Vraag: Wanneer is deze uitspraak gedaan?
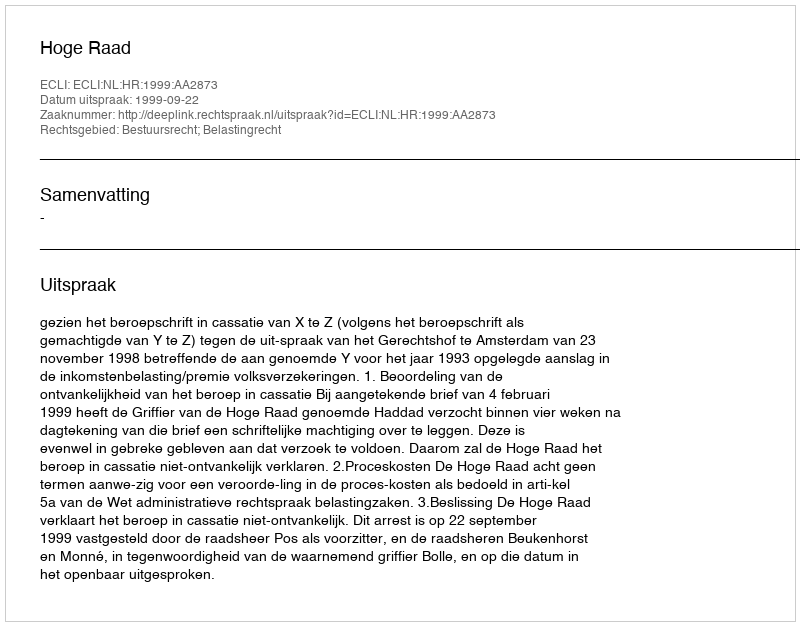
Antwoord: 1999-09-22